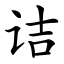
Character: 诘